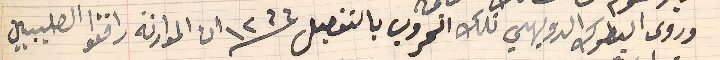
وروى البطرك الدويهي تلك الحروب بالتفصيل سنة  ١٢٦٦ ان الموارنة رافقوا الصليبيين